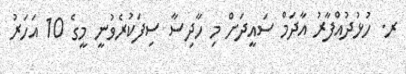
ރ. ހުޅުދުއްފާރު އާދަމް ސައީދަށް މި ހާދިސާ ސިފަކުރެވުނީ މީގެ 10 އަހަރު